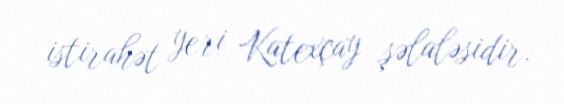
istirahət yeri Katexçay şəlaləsidir.